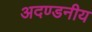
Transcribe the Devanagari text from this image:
अदण्डनीय